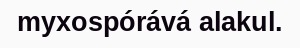
myxospórává alakul.